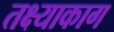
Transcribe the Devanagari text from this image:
तक्ष्याकाग